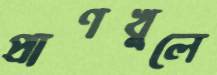
প্রাণখুলে